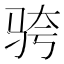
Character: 𬳹